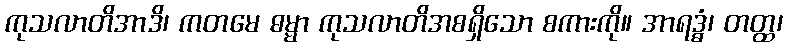
ကုသလာတိအာဒိ၊ ကတမေ ဓမ္မာ ကုသလာတိအစရှိသော စကားကို။ အာရဒ္ဓံ၊ တတ္ထ၊